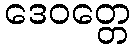
ဒေဝတ္တေ